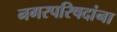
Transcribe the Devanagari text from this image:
नगरपरिषदांना